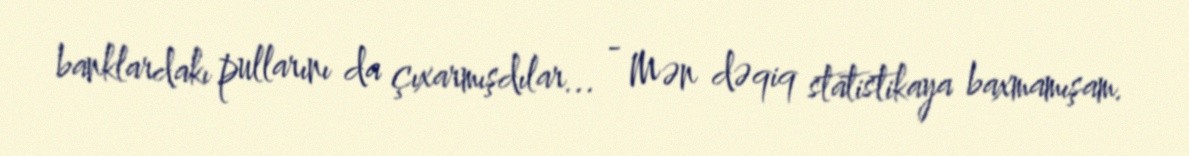
banklardakı pullarını da çıxarmışdılar... - Mən dəqiq statistikaya baxmamışam.